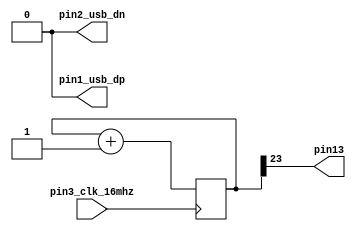
module TinyFPGA_B (
  output pin1_usb_dp,
  output pin2_usb_dn,
  input pin3_clk_16mhz,
  //inout pin4,
  //inout pin5,
  //inout pin6,
  //inout pin7,
  //inout pin8,
  //inout pin9,
  //inout pin10,
  //inout pin11,
  //inout pin12,
  output pin13,
  //inout pin14_sdo,
  //inout pin15_sdi,
  //inout pin16_sck,
  //inout pin17_ss,
  //inout pin18,
  //inout pin19,
  //inout pin20,
  //inout pin21,
  //inout pin22,
  //inout pin23,
  //inout pin24
);
  reg [23:0] counter;
  always @(posedge pin3_clk_16mhz) counter <= counter + 1;

  /// left side of board
  assign pin1_usb_dp = 1'b0;
  assign pin2_usb_dn = 1'b0;
  //assign pin4 = 1'bz;
  //assign pin5 = 1'bz;
  //assign pin6 = 1'bz;
  //assign pin7 = 1'bz;
  //assign pin8 = 1'bz;
  //assign pin9 = 1'bz;
  //assign pin10 = 1'bz;
  //assign pin11 = 1'bz;
  //assign pin12 = 1'bz;
  assign pin13 = counter[23];

  /// right side of board
  //assign pin14_sdo = 1'bz;
  //assign pin15_sdi = 1'bz;
  //assign pin16_sck = 1'bz;
  //assign pin17_ss =  1'bz;
  //assign pin18 =     1'bz;
  //assign pin19 =     1'bz;
  //assign pin20 =     1'bz;
  //assign pin21 =     1'bz;
  //assign pin22 =     1'bz;
  //assign pin23 =     1'bz;
  //assign pin24 =     1'bz;

endmodule